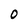
Character: O